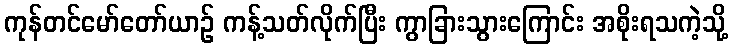
ကုန်တင်မော်တော်ယာဉ် ကန့်သတ်လိုက်ပြီး ကွာခြားသွားကြောင်း အစိုးရသကဲ့သို့